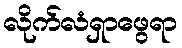
လိုက်လံရှာဖွေရာ